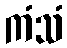
ကံသံ